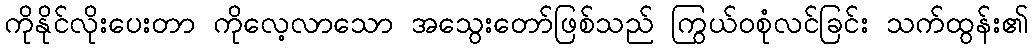
ကိုနိုင်လိုးပေးတာ ကိုလေ့လာသော အသွေးတော်ဖြစ်သည် ကြွယ်ဝစုံလင်ခြင်း သက်ထွန်း၏